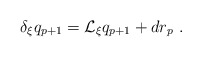
\begin{align*}\delta_\xi q_{p+1} = \mathcal{L}_\xi q_{p+1} + d r_p\ .\end{align*}